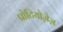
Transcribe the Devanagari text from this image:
प्रोटियोज़ेज़